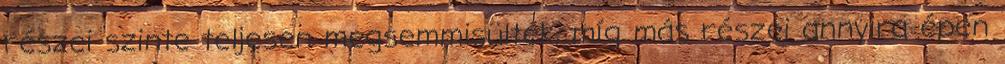
részei szinte teljesen megsemmisültek, míg más részei annyira épen